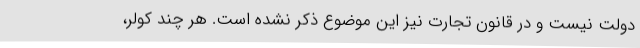
دولت نیست و در قانون تجارت نیز این موضوع ذکر نشده است. هر چند کولر،